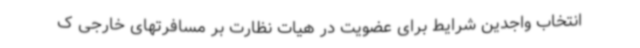
انتخاب واجدین شرایط برای عضویت در هیات نظارت بر مسافرتهای خارجی ک